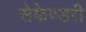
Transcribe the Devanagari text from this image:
सेकेण्‍डरी